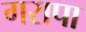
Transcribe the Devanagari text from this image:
गरापा